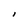
Character: I